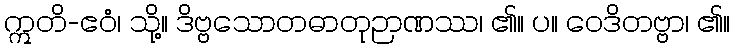
ဣတိ-ဧဝံ၊ သို့။ ဒိဗ္ဗသောတဓာတုဉာဏဿ၊ ၏။ ပ။ ဝေဒိတဗ္ဗာ၊ ၏။